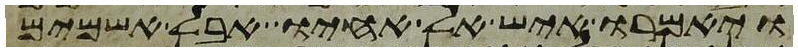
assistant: ויאמרו איש אל אחיו אבל אשמים